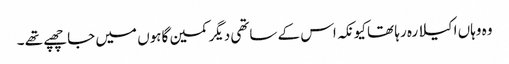
وہ وہاں اکیلا رہ رہا تھا کیونکہ اس کے ساتھی دیگر کمین گاہوں میں جا چھپے تھے ۔